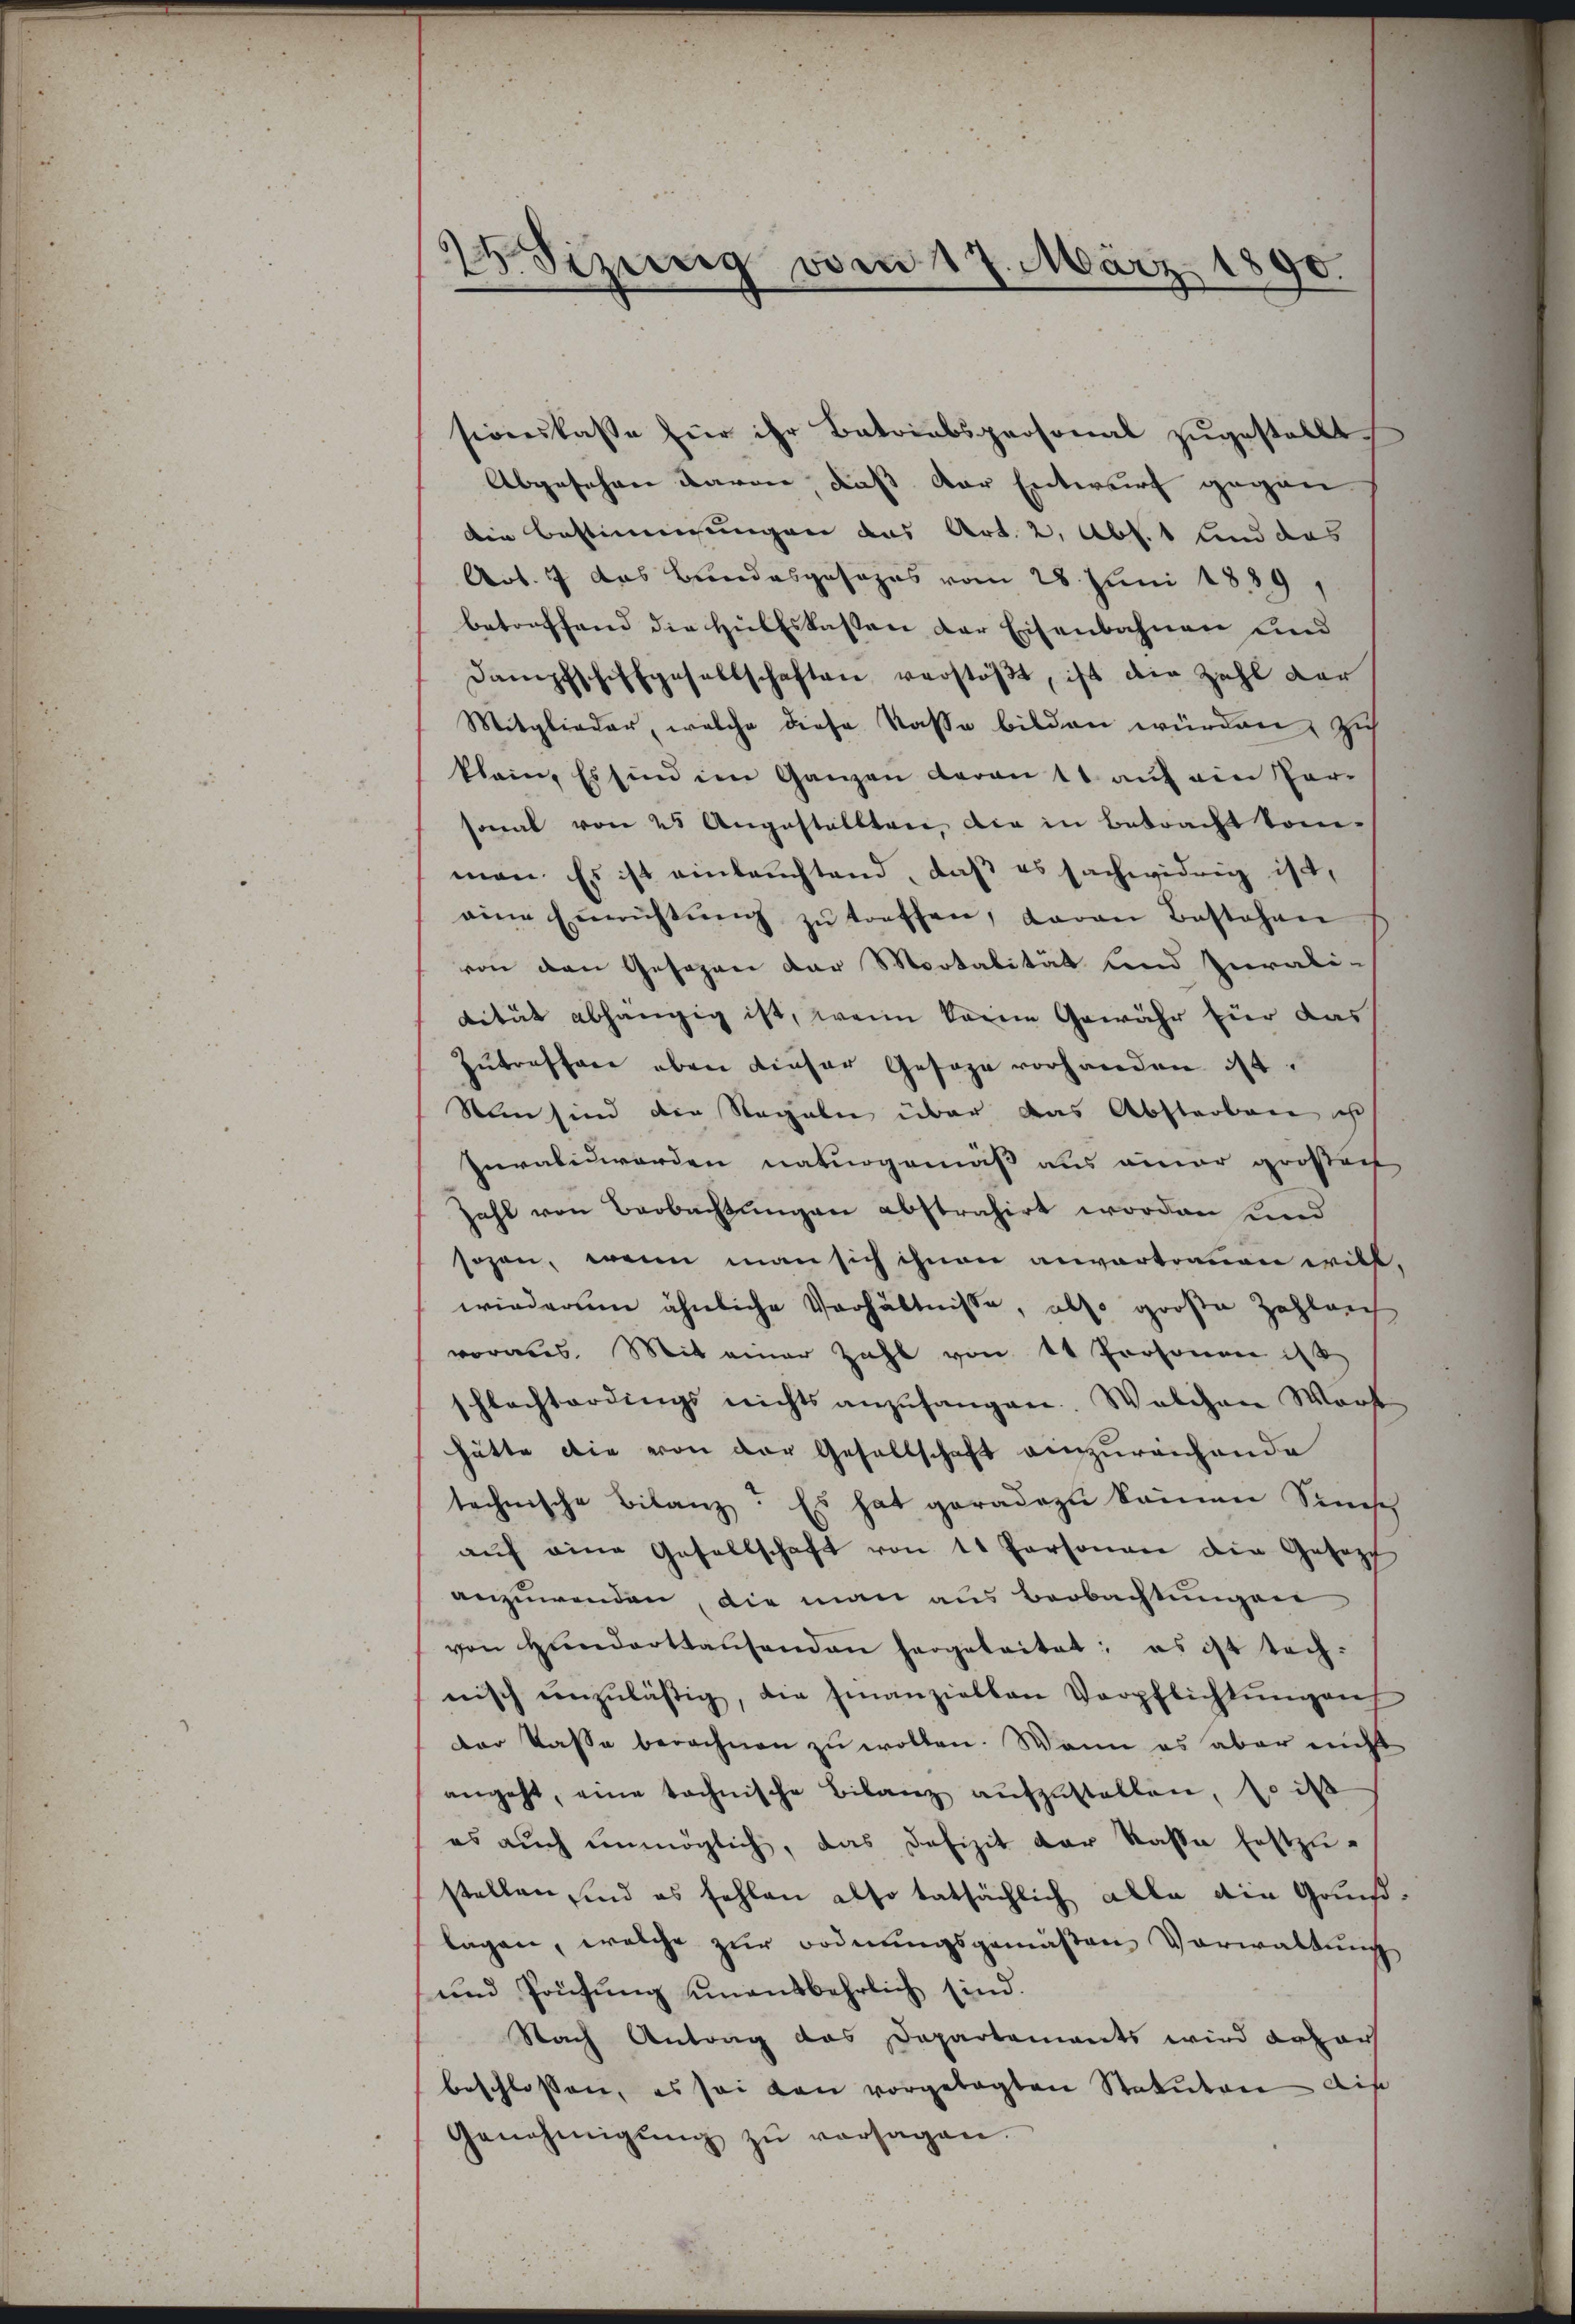
2 Sizung vom 17. März 1890.

sionskasse für ihr Betriebspersonal zugestellt.
Abgesehen davon, daß der Entwurf gegen
die Bestimmungen das Art. 2, Abs. 1 und das
Art. 7 das Bundesgesages vom 28. Juni 1839,
betreffend die Hülfskassen der Eisenbahnen und
Dampfschiffgesellschaften verstößt, ist die Zahl der
Mitglieder, welche diese Kasse bilden würden, Zi
klein. Es sind im Ganzen daran 11 auf ein Par-
sonal von 25 Angestellten, die in Betracht kom-
man. Es ist einleuchtend, daß es sachwidrig ist,
eine Einrichtŭng zŭ treffen, daran bestehen
von den Gesagen der Mootalität und Jurali-
dität abhängig ist, wenn keine Gewähr für das
Zutreffene eben dieser Gesage vorhanden ist.
Nun sind der Regeln über das Abstarbare ist
Invalidworden naturgemäß aus einer großer
zahl von Beobachtungen abstrahirt worden und
sezen, wenn man sich ihnen anvertrauen will.
wiederum ähnliche Verhältnisse, also große Zahlrei
voraus. Mit einer Zahl von 14 Personen ist
schlachterdings nichts anzufangen. Welchen Wort
hätte die von der Gesellschaft einzureichende
technische Bilanz. Es hat geradezu kamen Sinisch
aŭf eine Gesellschaft von 11 Personen die Gesezt
anzuwenden, die man aus Beobachtungen
von Hŭndarthausenden hergeleitet; es ist tachnisch einzuläßig, die Finanziellen Verpflichtŭngen
der Kasse berechnen zu wollen. Wenn es aber nicht
angeht, eine technische Bilanz aufzustellen, so is
es aŭch ŭnmöglich, das Defizit der Kasse Erstzŭ-
stellen, und es fehlen also tatsächlich alle die Gaußlagen, welche zur ordnungsgemäßen Vorwaltung
und Prüfung unentbehrlich sind.
Nach Antrag das Departements wird Lazart
beschlossen, es sei den vorgelegten Statuten dis
Genehmigŭng zŭ versagen.